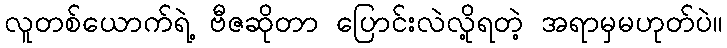
လူတစ်ယောက်ရဲ့ ဗီဇဆိုတာ ပြောင်းလဲလို့ရတဲ့ အရာမှမဟုတ်ပဲ။